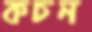
কচন